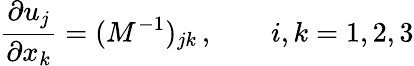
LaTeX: \frac{\partial u_{j}}{\partial x_{k}}=(M^{-1})_{jk}\, ,\qquad i,k=1,2,3